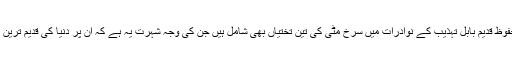
’امریکہ کی ییل یونیورسٹی میں محفوظ قدیم بابُل تہذیب کے نوادرات میں سرخ مٹی کی تین تختیاں بھی شامل ہیں جن کی وجہ شہرت یہ ہے کہ ان پر دنیا کی قدیم ترین کھانے کی ترکیبیں لکھی ہوئی ہیں۔